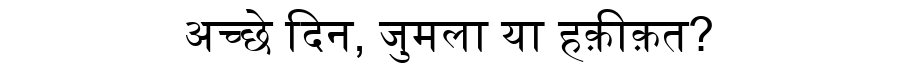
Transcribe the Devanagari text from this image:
अच्छे दिन, जुमला या हक़ीक़त?